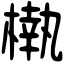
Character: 𣙀